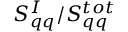
S _ { q q } ^ { I } / S _ { q q } ^ { t o t }